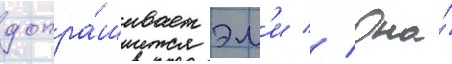
допра́шивает эм'и // Она́